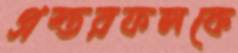
প্রস্তরফলকে